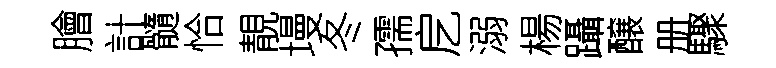
膾計髓恰靚墁冬孺戹溺楊躡醸册驟